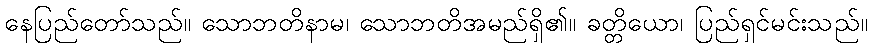
နေပြည်တော်သည်။ သောဘတိနာမ၊ သောဘတိအမည်ရှိ၏။ ခတ္တိယော၊ ပြည်ရှင်မင်းသည်။